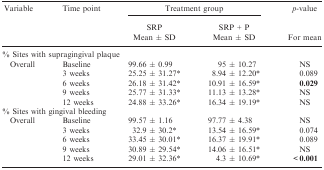
<table><thead><tr><td><b>Variable</b></td><td><b>Time point</b></td><td colspan="2"><b>Treatment group</b></td><td><b><i>p</i>-value</b></td></tr><tr><td></td><td></td><td><b>SRP Mean ± SD</b></td><td><b>SRP + P Mean± SD</b></td><td><b>For mean</b></td></tr></thead><tbody><tr><td colspan="5">% Sites with supragingival plaque</td></tr><tr><td rowspan="5">Overall</td><td>Baseline</td><td>99.66<i> ± </i>0.99</td><td>95<i> ± </i>10.27</td><td>NS</td></tr><tr><td>3 weeks</td><td>25.25<i> ± </i>31.27*</td><td>8.94<i> ± </i>12.20*</td><td>0.089</td></tr><tr><td>6 weeks</td><td>26.18 ± 31.42*</td><td>10.91 ± 16.59*</td><td><b>0.029</b></td></tr><tr><td>9 weeks</td><td>25.77 ± 31.33*</td><td>11.13 ± 13.28*</td><td>NS</td></tr><tr><td>12 weeks</td><td>24.88 ± 33.26*</td><td>16.34 ± 19.19*</td><td>NS</td></tr><tr><td colspan="5">% Sites with gingival bleeding</td></tr><tr><td rowspan="5">Overall</td><td>Baseline</td><td>99.57 ± 1.16</td><td>97.77 ± 4.38</td><td>NS</td></tr><tr><td>3 weeks</td><td>32.9 ± 30.2*</td><td>13.54 ± 16.59*</td><td>0.074</td></tr><tr><td>6 weeks</td><td>33.45 ± 30.01*</td><td>16.37 ± 19.91*</td><td>0.089</td></tr><tr><td>9 weeks</td><td>30.89 ± 29.54*</td><td>14.06 ± 16.51*</td><td>NS</td></tr><tr><td>12 weeks</td><td>29.01 ± 32.36*</td><td>4.3 ± 10.69*</td><td><b>&lt;0.001</b></td></tr></tbody></table>